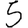
Digit: 5